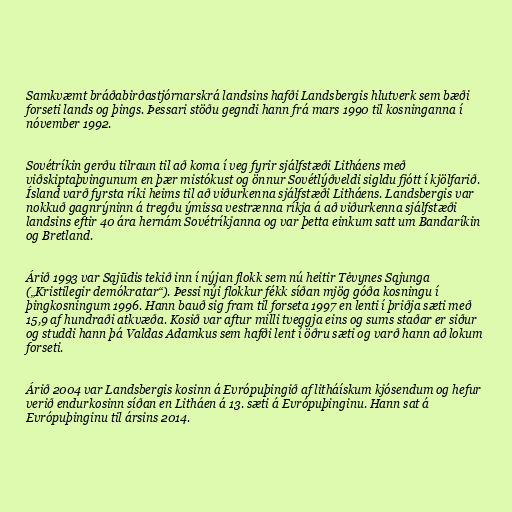
Samkvæmt bráðabirðastjórnarskrá landsins hafði Landsbergis hlutverk sem bæði
forseti lands og þings. Þessari stöðu gegndi hann frá mars 1990 til kosninganna í
nóvember 1992.

Sovétríkin gerðu tilraun til að koma í veg fyrir sjálfstæði Litháens með
viðskiptaþvingunum en þær mistókust og önnur Sovétlýðveldi sigldu fjótt í kjölfarið.
Ísland varð fyrsta ríki heims til að viðurkenna sjálfstæði Litháens. Landsbergis var
nokkuð gagnrýninn á tregðu ýmissa vestrænna ríkja á að viðurkenna sjálfstæði
landsins eftir 40 ára hernám Sovétríkjanna og var þetta einkum satt um Bandaríkin
og Bretland.

Árið 1993 var Sąjūdis tekið inn í nýjan flokk sem nú heitir Tėvynes Sąjunga
(„Kristilegir demókratar“). Þessi nýi flokkur fékk síðan mjög góða kosningu í
þingkosningum 1996. Hann bauð sig fram til forseta 1997 en lenti í þriðja sæti með
15,9 af hundraði atkvæða. Kosið var aftur milli tveggja eins og sums staðar er siður
og studdi hann þá Valdas Adamkus sem hafði lent í öðru sæti og varð hann að lokum
forseti.

Árið 2004 var Landsbergis kosinn á Evrópuþingið af litháískum kjósendum og hefur
verið endurkosinn síðan en Litháen á 13. sæti á Evrópuþinginu. Hann sat á
Evrópuþinginu til ársins 2014.